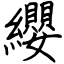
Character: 纓